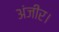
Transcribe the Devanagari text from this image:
अंजीर।